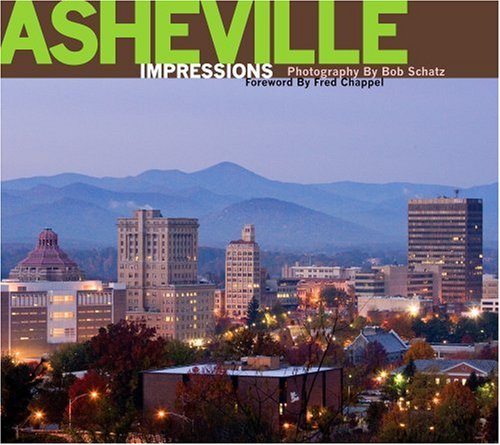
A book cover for Asheville Impressions; photography by Bob Schatz; Travel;